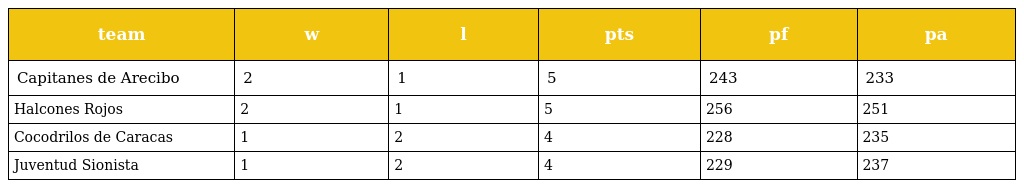
| team | w | l | pts | pf | pa |
 | --- | --- | --- | --- | --- | --- |
 | Capitanes de Arecibo | 2 | 1 | 5 | 243 | 233 |
 | Halcones Rojos | 2 | 1 | 5 | 256 | 251 |
 | Cocodrilos de Caracas | 1 | 2 | 4 | 228 | 235 |
 | Juventud Sionista | 1 | 2 | 4 | 229 | 237 |